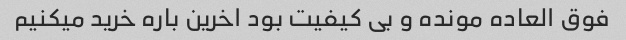
فوق العاده مونده و بی کیفیت بود اخرین باره خرید میکنیم